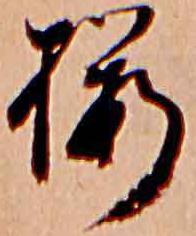
桜